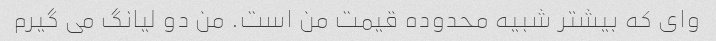
وای که بیشتر شبیه محدوده قیمت من است. من دو لیانگ می گیرم